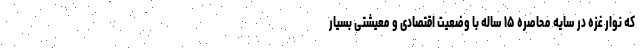
که نوار غزه در سایه محاصره ۱۵ ساله با وضعیت اقتصادی و معیشتی بسیار